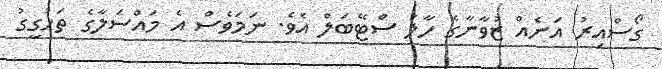
ގޯސްއިރު އަނެއް ޒުވާނާގެ ހާލު ސްޓޭބަލް އެވެ. ނަމަވެސް އެ މައްސަލާގެ ތަހުގީގު